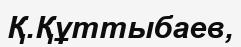
Қ.Құттыбаев,